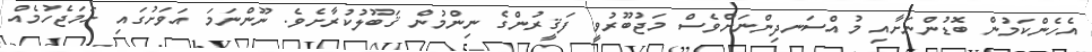
އެހެންކަމުން ބޮޑުންނަށާއި މުއްސަނދިންނަށްވެސް މަޖުބޫރުވީ ފަޤީރުންގެ ނިންމުން ޤަބޫލުކުރާށެވެ. ނޫންނަމަ އަވަށުގައި ހަމަޖެހުމެއް